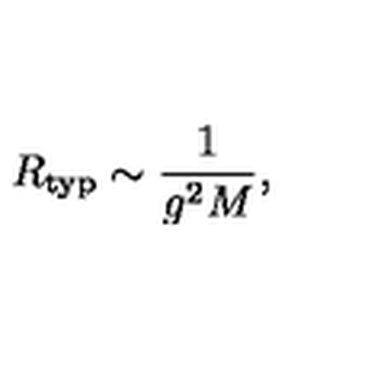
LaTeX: R _ { \mathrm { t y p } } \sim \frac { 1 } { g ^ { 2 } M } ,